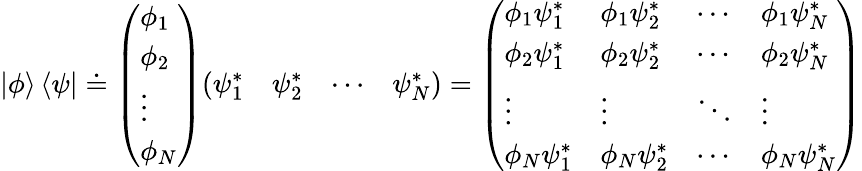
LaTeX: |\phi\rangle\, \langle\psi|\doteq{\left(\begin{array}{l}{\phi_{1}}\\ {\phi_{2}}\\ {\vdots}\\ {\phi_{N}}\end{array}\right)}{\left(\begin{array}{llll}{\psi_{1}^{*}}&{\psi_{2}^{*}}&{\cdots}&{\psi_{N}^{*}}\end{array}\right)}={\left(\begin{array}{llll}{\phi_{1}\psi_{1}^{*}}&{\phi_{1}\psi_{2}^{*}}&{\cdots}&{\phi_{1}\psi_{N}^{*}}\\ {\phi_{2}\psi_{1}^{*}}&{\phi_{2}\psi_{2}^{*}}&{\cdots}&{\phi_{2}\psi_{N}^{*}}\\ {\vdots}&{\vdots}&{\ddots}&{\vdots}\\ {\phi_{N}\psi_{1}^{*}}&{\phi_{N}\psi_{2}^{*}}&{\cdots}&{\phi_{N}\psi_{N}^{*}}\end{array}\right)}